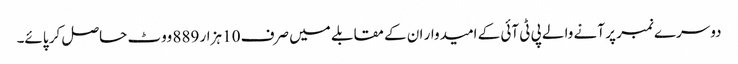
دوسرے نمبر پر آنے والے پی ٹی آئی کے امیدوار ان کے مقابلے میں صرف 10 ہزار 889 ووٹ حاصل کر پائے۔